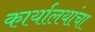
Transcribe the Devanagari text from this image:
कार्यालयांचा